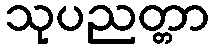
သုပညတ္တာ